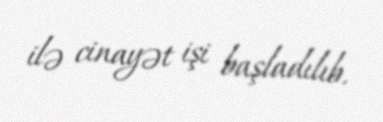
ilə cinayət işi başladılıb.